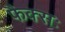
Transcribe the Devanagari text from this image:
फैक्सः